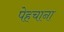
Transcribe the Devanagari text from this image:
पेहचाना